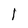
Character: l